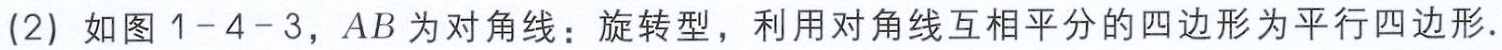
(2) 如图 1-4-3，$AB$为对角线：旋转型，利用对角线互相平分的四边形为平行四边形.